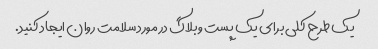
یک طرح کلی برای یک پست وبلاگ در مورد سلامت روان ایجاد کنید.